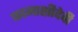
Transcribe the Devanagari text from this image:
कामाक्षीदेवी